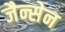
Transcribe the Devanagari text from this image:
जैन्सेन